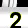
Digit: 2